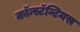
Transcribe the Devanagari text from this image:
कॉन्स्टॅन्टियस